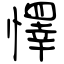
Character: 懌